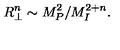
R _ { \perp } ^ { n } \sim M _ { P } ^ { 2 } / M _ { I } ^ { 2 + n } .